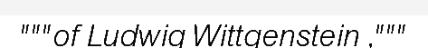
"""of Ludwig Wittgenstein ,"""